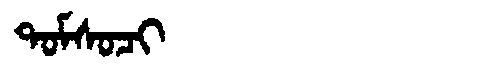
Manchu: ᡨᠣᠮᠰᠣᠴᡳ
Romanization: TOMSOCI